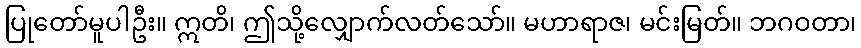
ပြုတော်မူပါဦး။ ဣတိ၊ ဤသို့လျှောက်လတ်သော်။ မဟာရာဇ၊ မင်းမြတ်။ ဘဂဝတာ၊